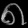
Digit: ၈